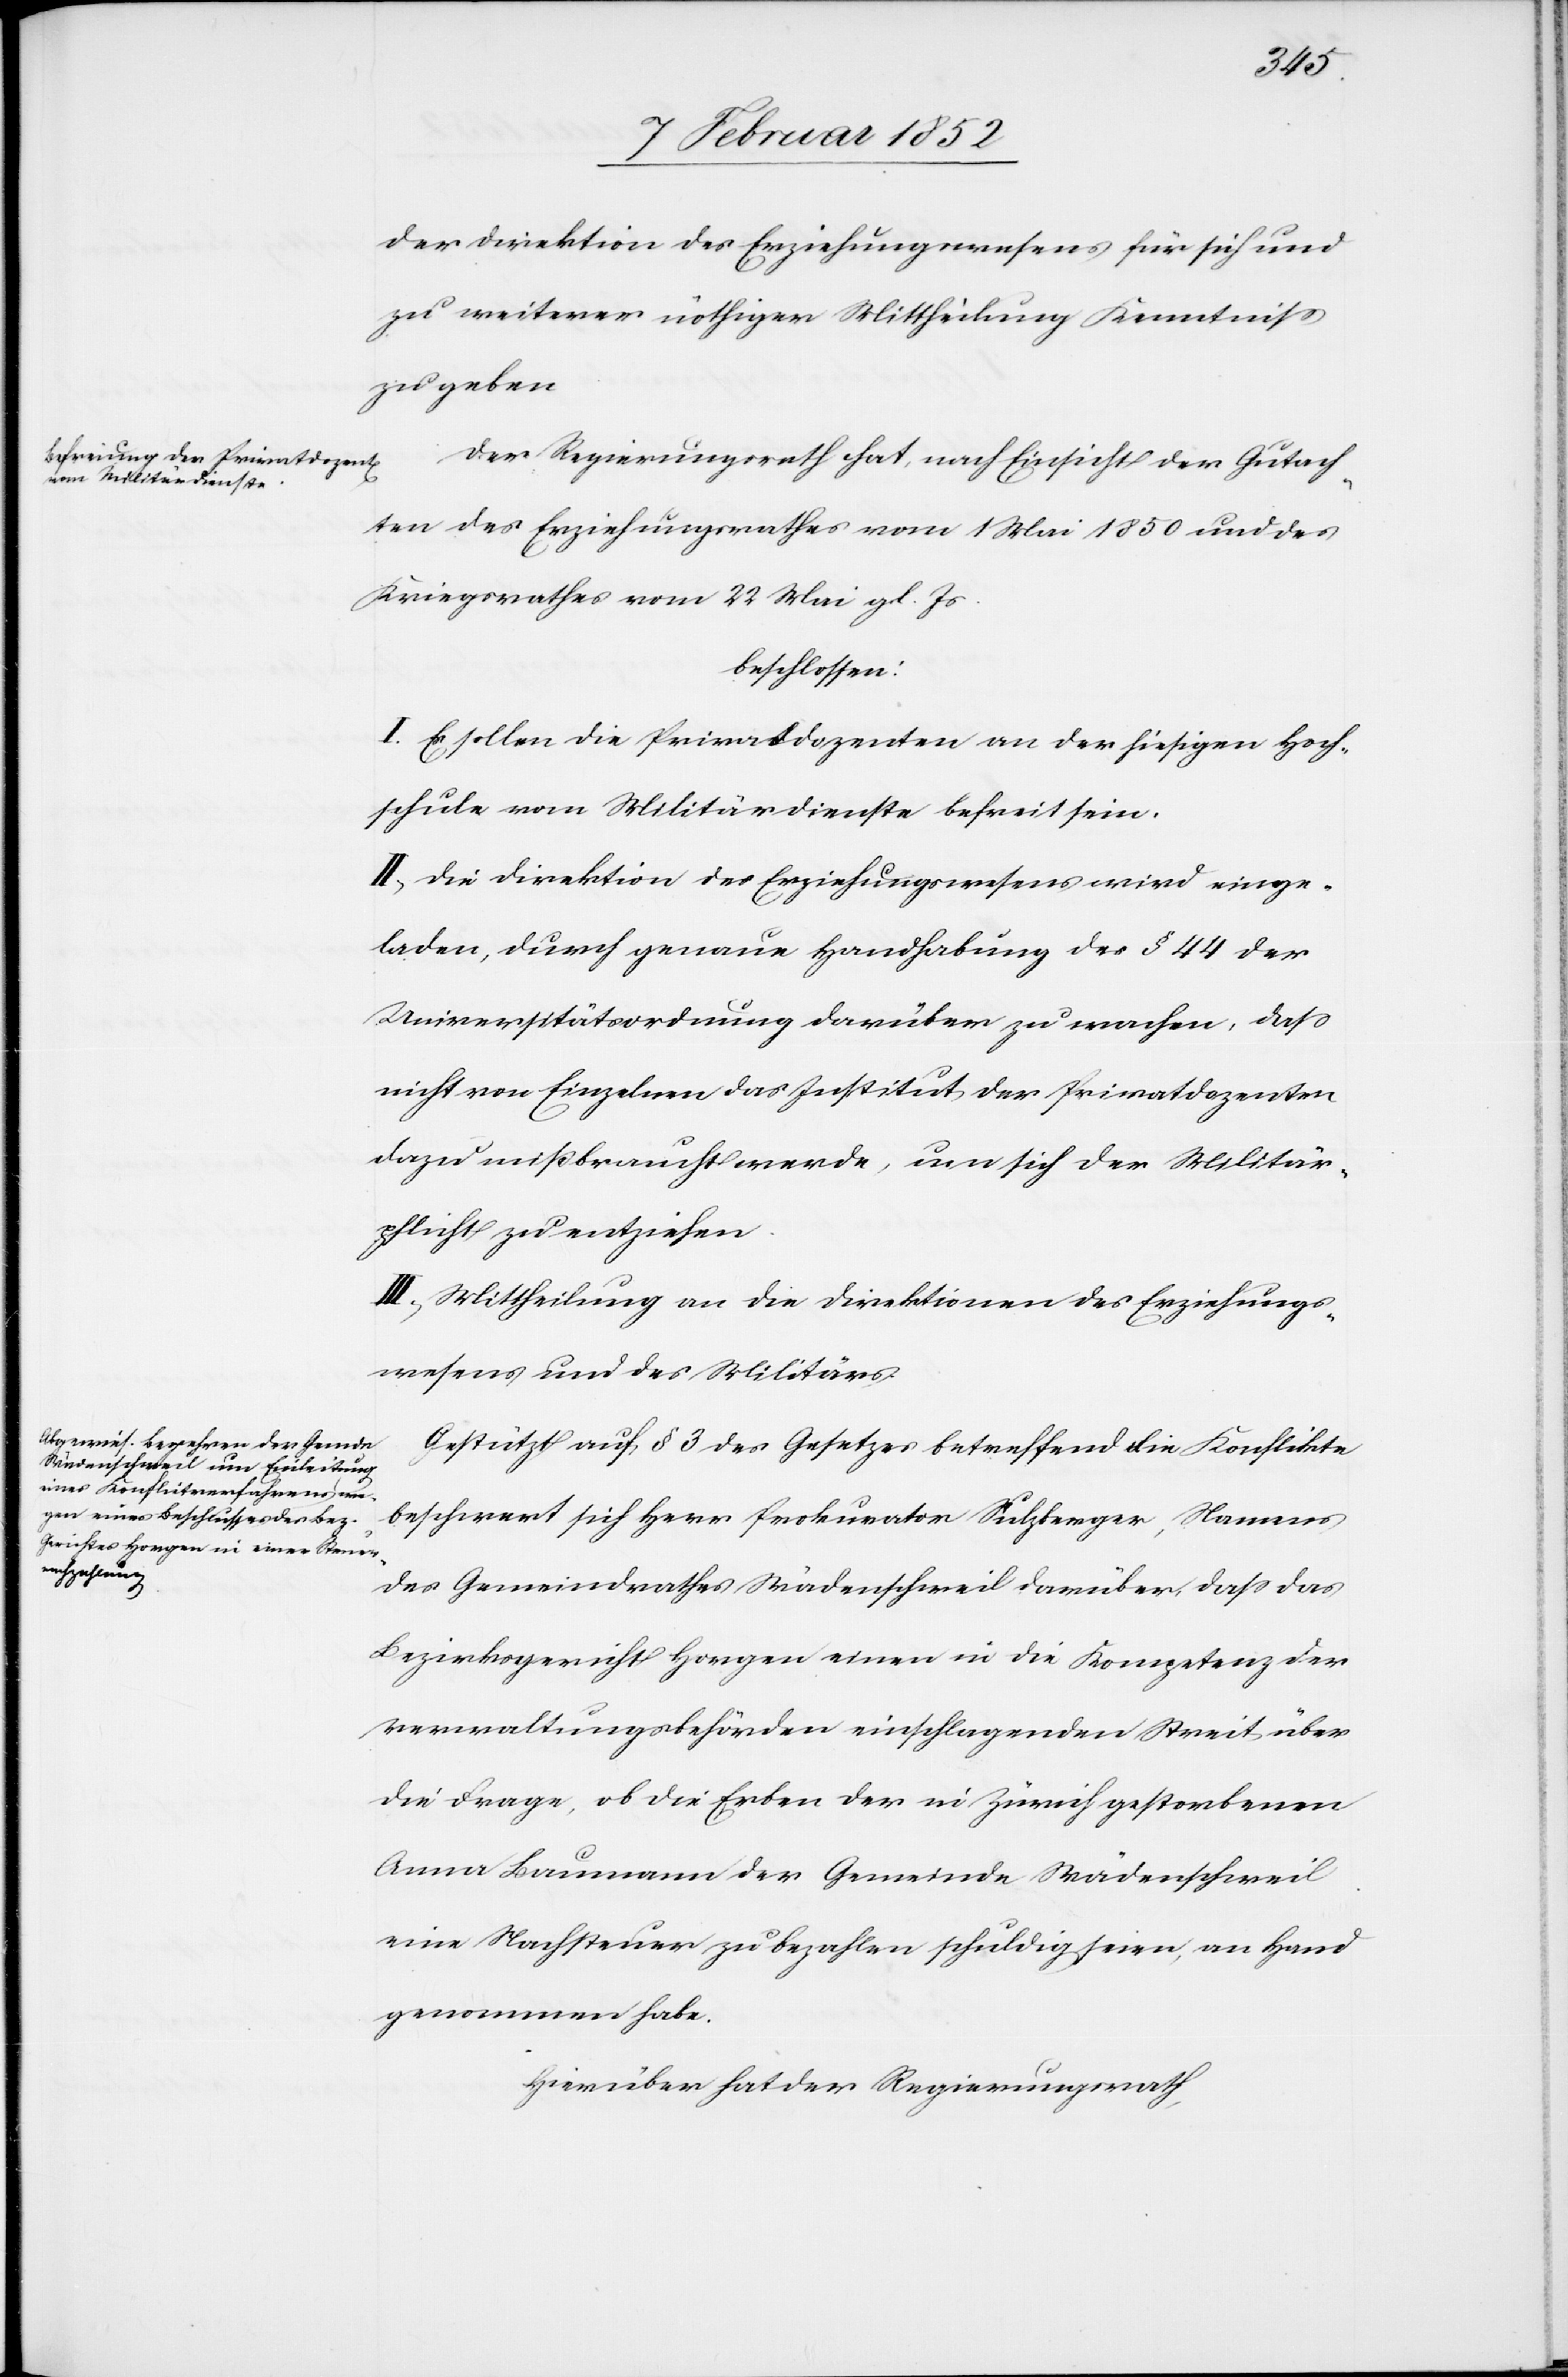
der Direktion des Erziehungswesens für sich und
zu weiterer nöthiger Mittheilung Kenntniß
zu geben.
Der Regierungsrath hat, nach Einsicht der Gutach¬
ten des Erziehungsrathes vom 1 Mai 1850 und des
Kriegsrathes vom 22 Mai gl. Js.
beschlossen:
I. Es sollen die Privatdozenten an der hiesigen Hoch¬
schule vom Militärdienste befreit sein.
II. Die Direktion des Erziehungswesens wird einge¬
laden, durch genaue Handhabung des § 44 der
Universitätsordnung darüber zu machen, daß
nicht von Einzelnen das Institut der Privatdozenten
dazu mißbraucht werde, um sich der Militär¬
pflicht zu entziehen.
II. Mittheilung an die Direktionen des Erziehungs¬
wesens und des Militärs.
Gestützt auf § 3 des Gesetzes betreffend die Konflikte
beschwert sich Herr Prokurator Sulzberger, Namens
des Gemeindrathes Wädentschweil darüber, daß das
Bezirksgericht Horgen einen in die Kompetenz der
Verwaltungsbehörden einschlagenden Streit über
die Frage, ob die Erben der in Zürich gestorbenen
Anna Baumann der Gemeinde Wädentschweil
eine Nachsteuer zu bezahlen schuldig seien, an Hand
genommen habe.
Hierüber hat der Regierungsrath,